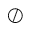
\oslash